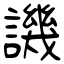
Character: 譏